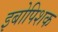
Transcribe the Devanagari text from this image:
इबोपिशक